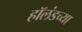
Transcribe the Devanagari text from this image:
हॉलंडच्या